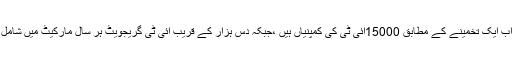
پاکستان میں اب ایک تخمینے کے مطابق 15000آئی ٹی کی کمپنیاں ہیں ،جبکہ دس ہزار کے قریب آئی ٹی گریجویٹ ہر سال مارکیٹ میں شامل ہو رہے ہیں۔